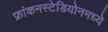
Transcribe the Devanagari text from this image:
फ्रांकनस्टेडियोनमध्ये